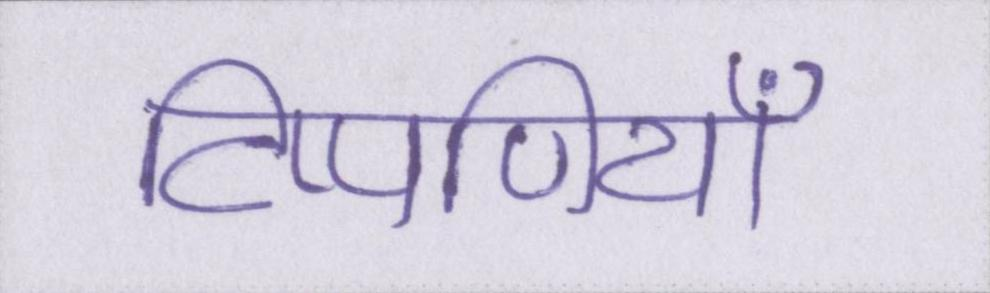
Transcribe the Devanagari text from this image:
टिप्पणियाँ